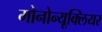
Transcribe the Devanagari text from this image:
मोनोन्यूक्लियर